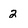
Character: 2